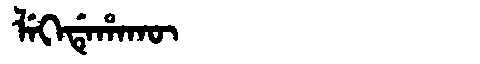
Manchu: ᠯᡝᡴᡝᡩᡝᡥᠠᡴᡡ
Romanization: LEKEDEHAKŪ